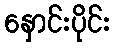
နှောင်းပိုင်း